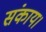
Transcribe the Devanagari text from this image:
संकाय।